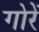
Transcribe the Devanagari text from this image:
गोरें